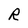
Character: R